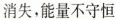
消失,能量不守恒